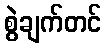
စွဲချက်တင်